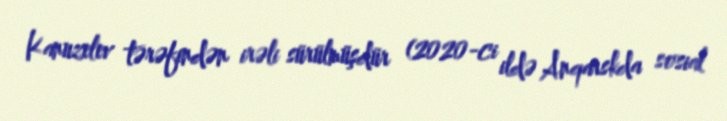
Kanuzelev tərəfindən irəli sürülmüşdür (2020-ci ildə Anqarskda sosial